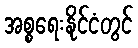
အစ္စရေးနိုင်ငံတွင်